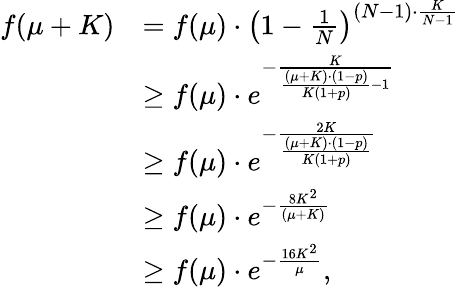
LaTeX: \begin{array}{rl}{f(\mu+K)}&{=f(\mu)\cdot\left(1-\frac{1}{N}\right)^{(N-1)\cdot\frac{K}{N-1}}}\\ &{\geq f(\mu)\cdot e^{-\frac{K}{\frac{(\mu+K)\cdot(1-p)}{K(1+p)}-1}}}\\ &{\geq f(\mu)\cdot e^{-\frac{2K}{\frac{(\mu+K)\cdot(1-p)}{K(1+p)}}}}\\ &{\geq f(\mu)\cdot e^{-\frac{8K^{2}}{(\mu+K)}}}\\ &{\geq f(\mu)\cdot e^{-\frac{16K^{2}}{\mu}},}\end{array}